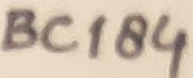
Text: BC184